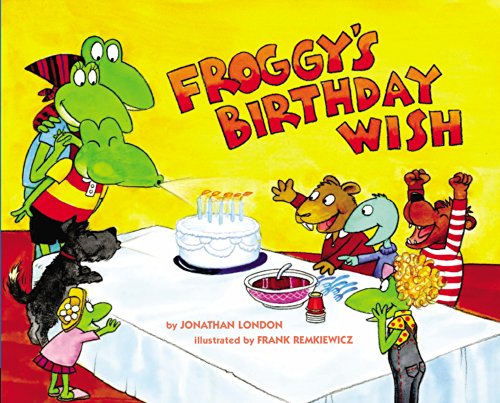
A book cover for Froggy's Birthday Wish; Jonathan London; Children's Books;